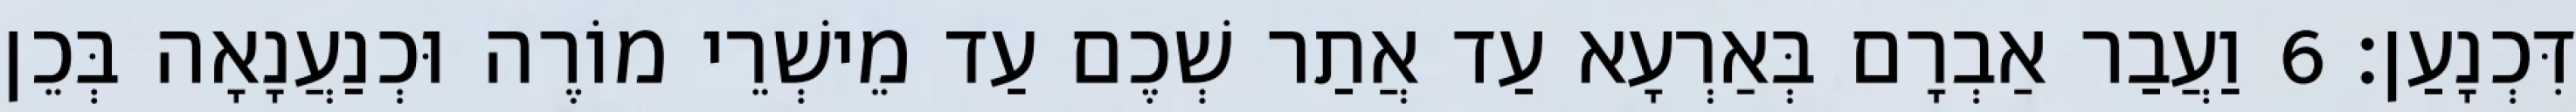
דִּכְנָעַן׃ 6 וַעֲבַר אַבְרָם בְּאַרְעָא עַד אֲתַר שְׁכֶם עַד מֵישְׁרֵי מוֹרֶה וּכְנַעֲנָאָה בְּכֵן